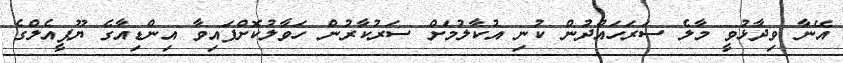
އޭނާ ވިދާޅުވީ މާލެ ސަރަހައްދުން ކުނި އުކާލުމަށް ސަރުކާރުން ހަވާލުކޮށްފައިވާ އިންޑިއާގެ ޔޫޕީއެލްގެ